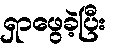
ရှာဖွေခဲ့ပြီး